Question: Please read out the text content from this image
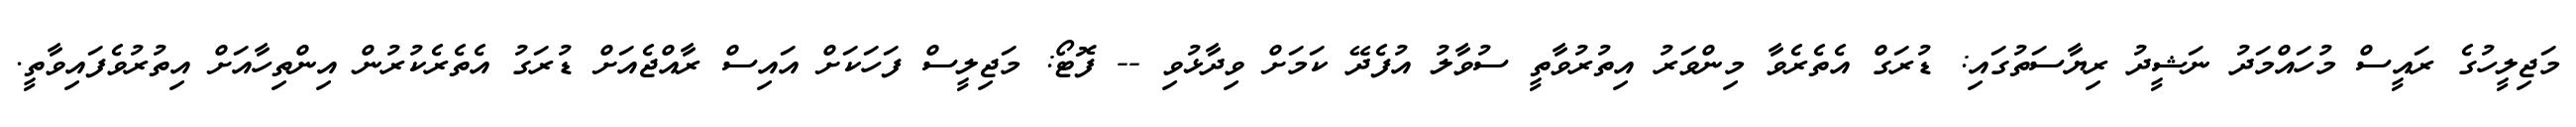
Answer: މަޖިލީހުގެ ރައީސް މުހައްމަދު ނަޝީދު ރިޔާސަތުގައި: ޑުރަގް އެތެރެވާ މިންވަރު އިތުރުވާތީ ސުވާލު އުފެދޭ ކަމަށް ވިދާޅުވި -- ފޮޓޯ: މަޖިލީސް ފަހަކަށް އައިސް ރާއްޖެއަށް ޑުރަގު އެތެރެކުރުން އިންތިހާއަށް އިތުރުވެފައިވާތީ.